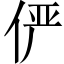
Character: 俨